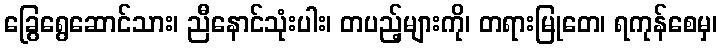
ခြွေရွေဆောင်သား၊ ညီနောင်သုံးပါး၊ တပည့်များကို၊ တရားမြုတေ၊ ရကုန်စေမှ၊